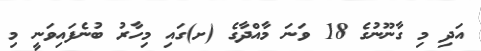
އަދި މި ގާނޫނުގެ 18 ވަނަ މާއްދާގެ (ށ)ގައި މިހާރު ބުނެފައިވަނީ މި